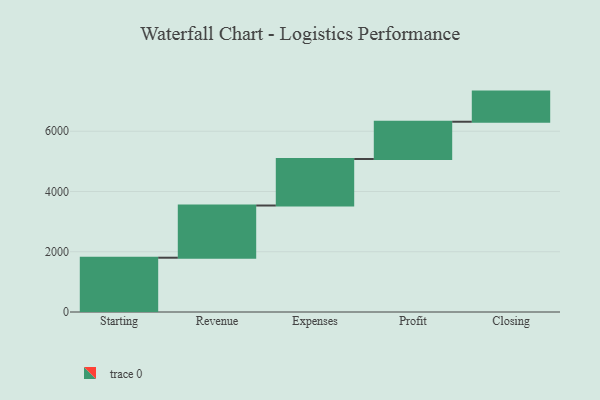
{"axis": {"x": "Step", "y": "Value"}, "legend": [""], "data": [{"x": "Starting", "y": 1802.0, "type": ""}, {"x": "Revenue", "y": 1733.0, "type": ""}, {"x": "Expenses", "y": 1543.0, "type": ""}, {"x": "Profit", "y": 1238.0, "type": ""}, {"x": "Closing", "y": 1000, "type": ""}]}